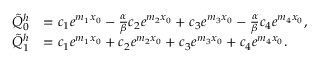
\begin{array} { r l } { \tilde { Q } _ { 0 } ^ { h } } & { = c _ { 1 } e ^ { m _ { 1 } x _ { 0 } } - \frac { \alpha } { \beta } c _ { 2 } e ^ { m _ { 2 } x _ { 0 } } + c _ { 3 } e ^ { m _ { 3 } x _ { 0 } } - \frac { \alpha } { \beta } c _ { 4 } e ^ { m _ { 4 } x _ { 0 } } , } \\ { \tilde { Q } _ { 1 } ^ { h } } & { = c _ { 1 } e ^ { m _ { 1 } x _ { 0 } } + c _ { 2 } e ^ { m _ { 2 } x _ { 0 } } + c _ { 3 } e ^ { m _ { 3 } x _ { 0 } } + c _ { 4 } e ^ { m _ { 4 } x _ { 0 } } . } \end{array}